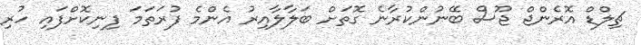
ޗިލްޑް އޮރެންޖް ޖޫސް ބޭނުންކުރާނެ ގޮތަށް ބަލާލާއިރު އެންމެ ފުރަތަމަ ފިނިކޮށްފައި ހުރި